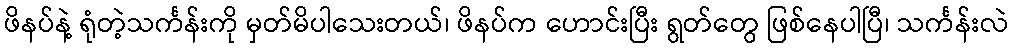
ဖိနပ်နဲ့ ရုံတဲ့သင်္ကန်းကို မှတ်မိပါသေးတယ်၊ ဖိနပ်က ဟောင်းပြီး ရွတ်တွေ ဖြစ်နေပါပြီ၊ သင်္ကန်းလဲ